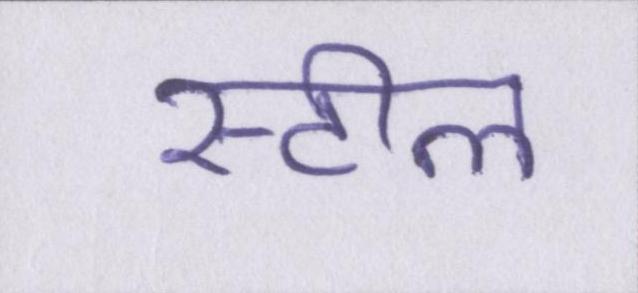
स्टील